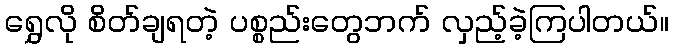
ရွှေလို စိတ်ချရတဲ့ ပစ္စည်းတွေဘက် လှည့်ခဲ့ကြပါတယ်။